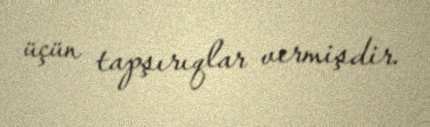
üçün tapşırıqlar vermişdir.